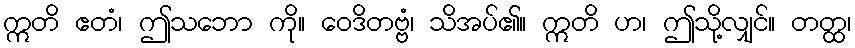
ဣတိ ဧတံ၊ ဤသဘော ကို။ ဝေဒိတဗ္ဗံ၊ သိအပ်၏။ ဣတိ ဟ၊ ဤသို့လျှင်။ တတ္ထ၊